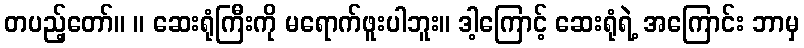
တပည့်တော်။ ။ ဆေးရုံကြီးကို မရောက်ဖူးပါဘူး။ ဒါ့ကြောင့် ဆေးရုံရဲ့ အကြောင်း ဘာမှ